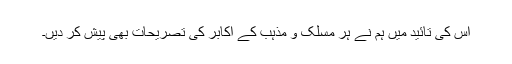
اس کی تائید میں ہم نے ہر مسلک و مذہب کے اکابر کی تصریحات بھی پیش کر دیں۔